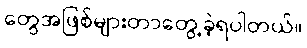
တွေအဖြစ်များတာတွေ့ခဲ့ရပါတယ်။